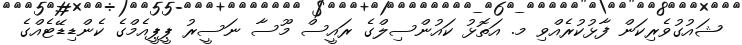
ޝައުގުވެރިކަން ފާޅުކުރެއްވި މ. އަތޮޅު ކައުންސިލްގެ ރައީސް މޫސާ ނަސީރު ޕީޕީއެމްގެ ކެންޑިޑޭޓެއްގެ